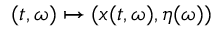
( t , \omega ) \mapsto ( x ( t , \omega ) , \eta ( \omega ) )